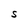
Character: S